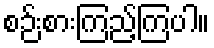
စဉ်းစားကြည့်ကြပါ။